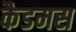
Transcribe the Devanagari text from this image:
कैडमस